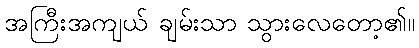
အကြီးအကျယ် ချမ်းသာ သွားလေတော့၏။